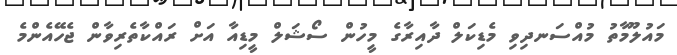
މައުލޫމާތު މުއްސަނދިވި މެޑިކަލް ދާއިރާގެ މީހުން ސޯޝަލް މީޑިއާ އަށް ރައްކާތެރިވާން ޖެހޭއެންމެ